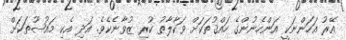
އޭރު އަހަންނަކީ އަންހެނުންގެ ހައްޤުތަކަށް ވަކާލާތު ކުރި ޒުވާނެކެވެ. އަދި އެކި މައުޟޫތަކަށް